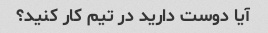
آیا دوست دارید در تیم کار کنید؟